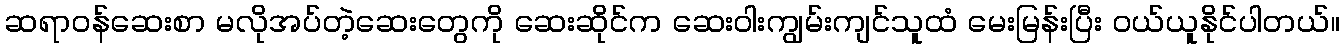
ဆရာဝန်ဆေးစာ မလိုအပ်တဲ့ဆေးတွေကို ဆေးဆိုင်က ဆေးဝါးကျွမ်းကျင်သူထံ မေးမြန်းပြီး ဝယ်ယူနိုင်ပါတယ်။